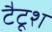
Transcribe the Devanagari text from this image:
टैटूश